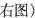
右图)